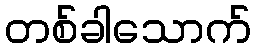
တစ်ခါသောက်